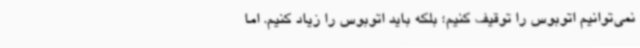
نمی‌توانیم اتوبوس را توقیف کنیم؛ بلکه باید اتوبوس را زیاد کنیم. اما